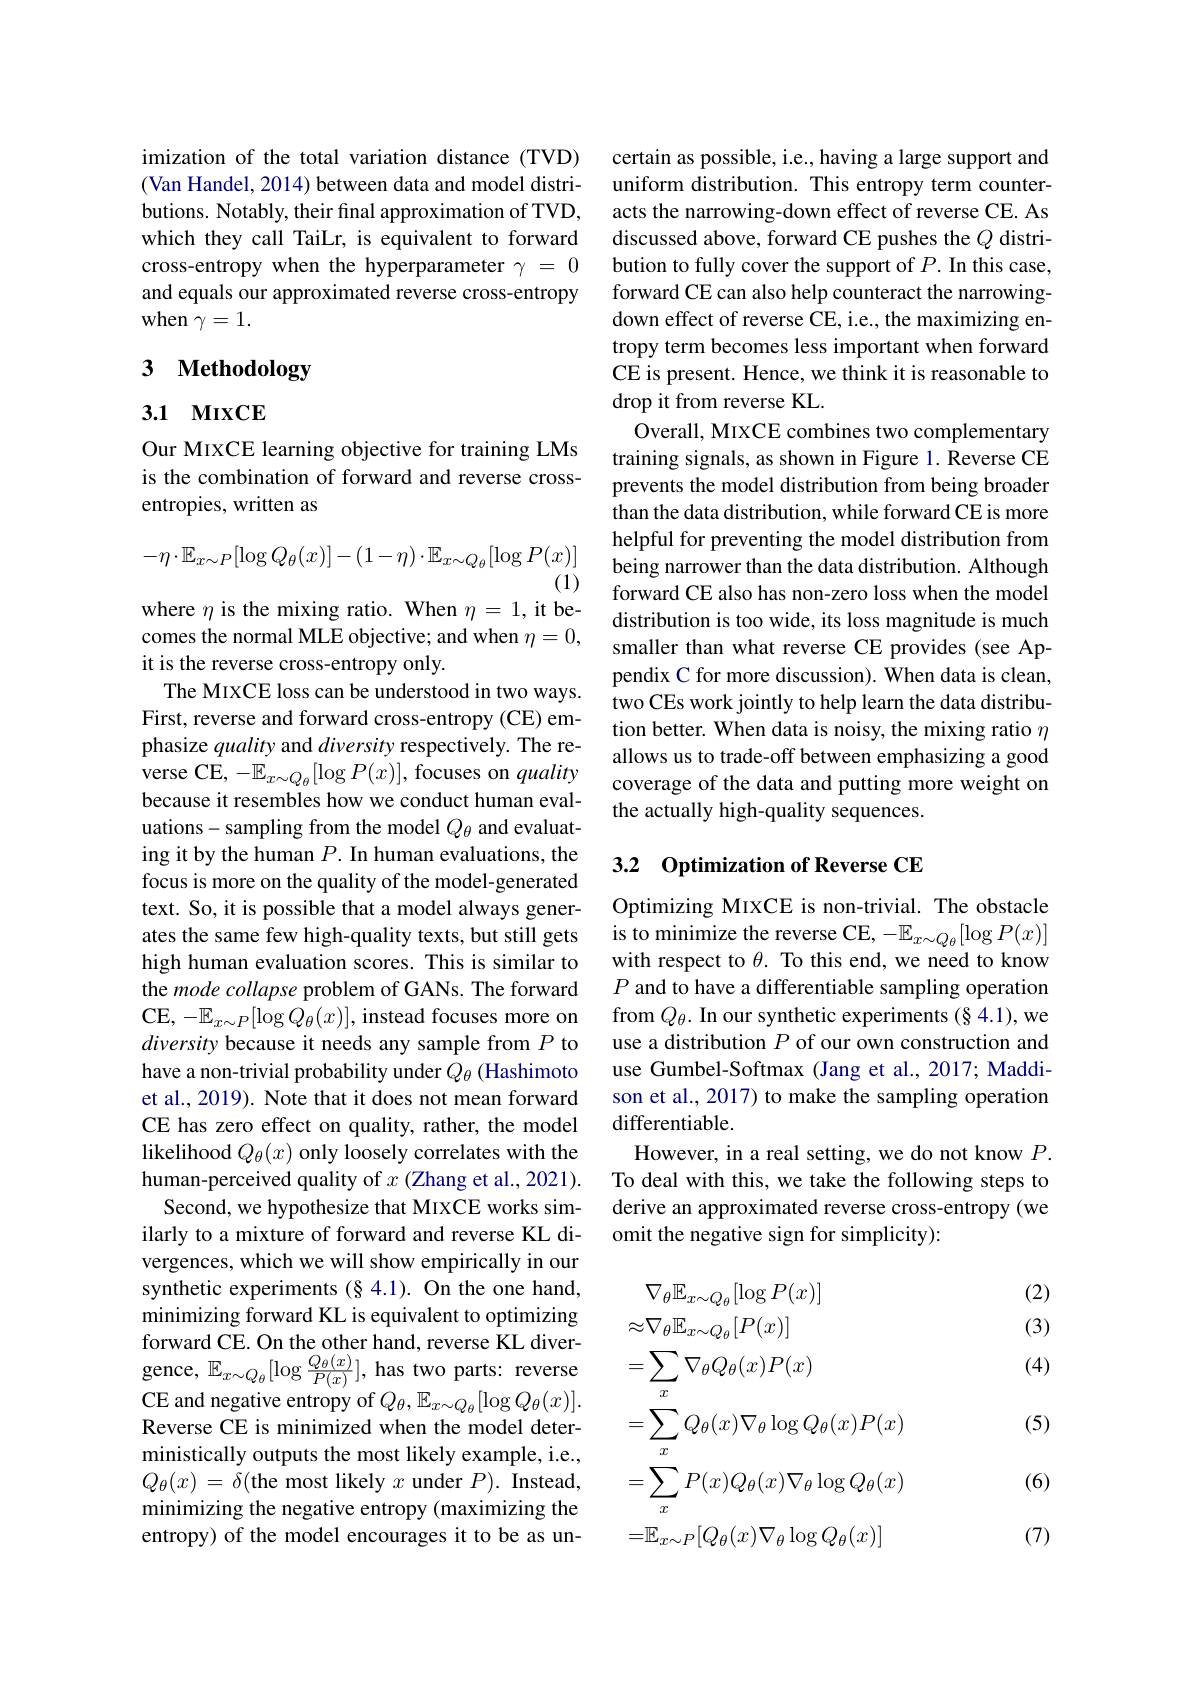
imization of the total variation distance (TVD) (Van Handel, 2014) between data and model distributions. Notably, their final approximation of TVD, which they call TaiLr, is equivalent to forward cross-entropy when the hyperparameter $\gamma=0$ and equals our approximated reverse cross-entropy when $\gamma=1.$

# 3 Methodology

## 3.1 михСЕ

Our MIXCE learning objective for training LMs is the combination of forward and reverse crossentropies, written as
$$-\eta\cdot\mathbb{E}_{x\sim P}[\log Q_\theta(x)]-(1-\eta)\cdot\mathbb{E}_{x\sim Q_\theta}[\log P(x)]$$
(1)

where $\eta$ is the mixing ratio. When $\eta=1$, it be-

comes the normal MLE objective; and when $\eta=0$,
it is the reverse cross-entropy only.
The MIXCE loss can be understood in two ways. First, reverse and forward cross-entropy (CE) emphasize quality and diversity respectively. The reverse CE, $-\mathbb{E}_{x\sim Q_{\theta}}[\log P(x)]$, focuses on quality because it resembles how we conduct human evaluations- sampling from the model $Q_\theta$ and evaluating it by the human $P.$ In human evaluations, the focus is more on the quality of the model-generated text. So, it is possible that a model always generates the same few high-quality texts, but still gets high human evaluation scores. This is similar to the mode collapse problem of GANs. The forward CE, $-\mathbb{E}_x\sim P[\log Q_{\theta}(x)]$, instead focuses more on diversity because it needs any sample from $P$ to have a non-trivial probability under $Q_\theta$ (Hashimoto et al., 2019). Note that it does not mean forward CE has zero effect on quality, rather, the model likelihood $Q_\theta(x)$ only loosely correlates with the human-perceived quality of $x$ (Zhang et al., 2021).
Second, we hypothesize that MIXCE works similarly to a mixture of forward and reverse KL divergences, which we will show empirically in our synthetic experiments (§ 4.1). On the one hand, minimizing forward KL is equivalent to optimizing forward CE. On the other hand, reverse KL divergence, $\mathbb{E}_{x\sim Q_{\theta}}[\log\frac{Q_{\theta}(x)}{P(x)}]$, has two parts: reverse CE and negative entropy of $Q_{\theta},\mathbb{E}_{x\sim Q_{\theta}}[\log Q_{\theta}(x)].$ Reverse CE is minimized when the model deterministically outputs the most likely example, i.e., $Q_{\theta }( x)$ = $\delta ($the most likely $x$ under $P).$ Instead, minimizing the negative entropy (maximizing the entropy) of the model encourages it to be as un-

certain as possible, i.e., having a large support and uniform distribution. This entropy term counteracts the narrowing-down effect of reverse CE. As discussed above, forward CE pushes the $Q$ distribution to fully cover the support of $P.$ In this case, forward CE can also help counteract the narrowingdown effect of reverse CE, i.e., the maximizing entropy term becomes less important when forward CE is present. Hence, we think it is reasonable to drop it from reverse KL.
Overall, MIXCE combines two complementary training signals, as shown in Figure 1. Reverse CE prevents the model distribution from being broader than the data distribution, while forward CE is more helpful for preventing the model distribution from being narrower than the data distribution. Although forward CE also has non-zero loss when the model distribution is too wide, its loss magnitude is much smaller than what reverse CE provides (see Appendix C for more discussion). When data is clean, two CEs work jointly to help learn the data distribution better. When data is noisy, the mixing ratio $\eta$ allows us to trade-off between emphasizing a good coverage of the data and putting more weight on the actually high-quality sequences.

### 3.2 Optimization of Reverse CE

Optimizing MIXCE is non-trivial. The obstacle is to minimize the reverse CE, -$\mathbb{E}_x\sim Q_\theta[\log P(x)]$ with respect to $\theta.$ To this end, we need to know $P$ and to have a differentiable sampling operation from $Q_\theta.$ In our synthetic experiments (§ 4.1), we use a distribution $P$ of our own construction and use Gumbel-Softmax (Jang et al., 2017; Maddison et al., 2017) to make the sampling operation differentiable.
However, in a real setting, we do not know $P.$ To deal with this, we take the following steps to derive an approximated reverse cross-entropy (we omit the negative sign for simplicity):

(2)

(3)

(4)
$$\begin{aligned}&\nabla_{\theta}\mathbb{E}_{x\sim Q_{\theta}}[\log P(x)]\\&\approx\nabla_{\theta}\mathbb{E}_{x\sim Q_{\theta}}[P(x)]\\&=\sum_{x}\nabla_{\theta}Q_{\theta}(x)P(x)\\&=\sum_{x}Q_{\theta}(x)\nabla_{\theta}\log Q_{\theta}(x)P(x)\\&=\sum_{x}P(x)Q_{\theta}(x)\nabla_{\theta}\log Q_{\theta}(x)\\&=\mathbb{E}_{x\sim P}[Q_{\theta}(x)\nabla_{\theta}\log Q_{\theta}(x)]\end{aligned}$$
(5)

(6)

(7)